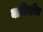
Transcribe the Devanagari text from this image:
याविपरित